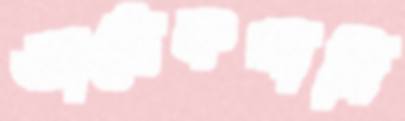
আধেকখানি